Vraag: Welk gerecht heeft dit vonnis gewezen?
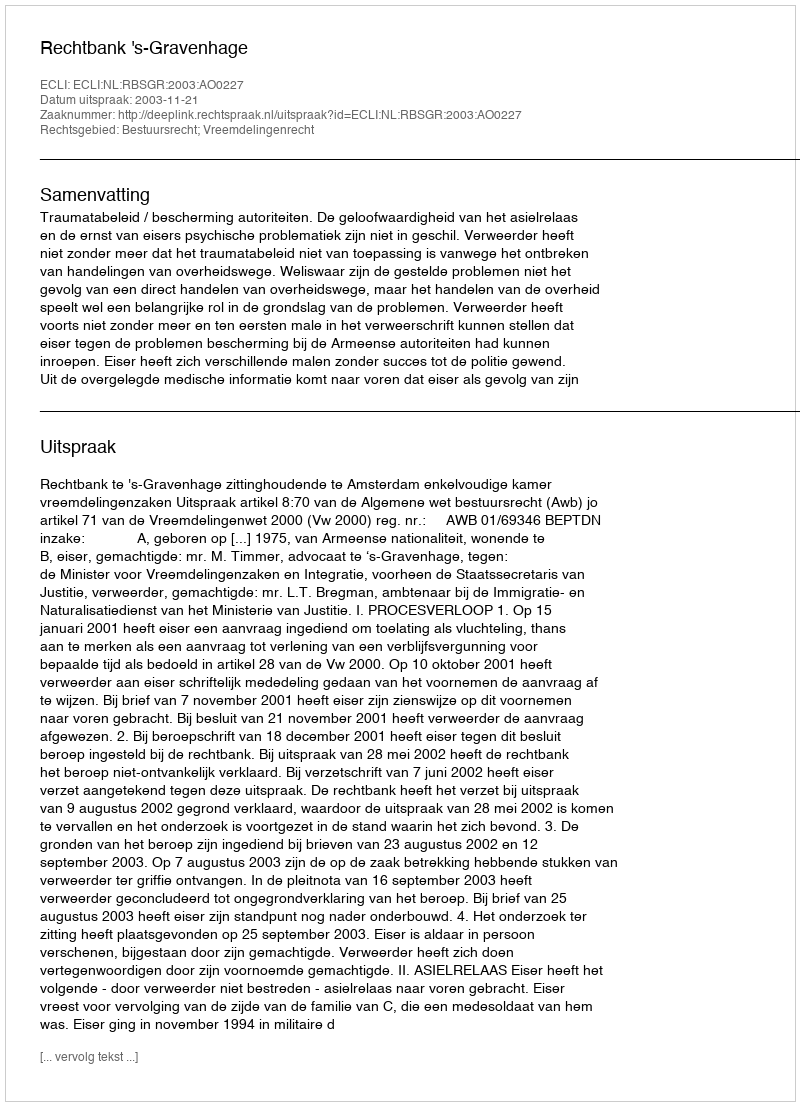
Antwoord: Rechtbank 's-Gravenhage